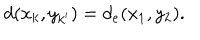
d ( x _ { k } , y _ { k ^ { \prime } } ) = d _ { e } ( x _ { 1 } , y _ { 2 } ) .